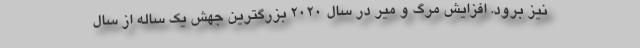
نیز برود. افزایش مرگ و میر در سال ۲۰۲۰ بزرگترین جهش یک ساله از سال